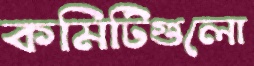
কমিটিগুলো